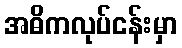
အဓိကလုပ်ငန်းမှာ